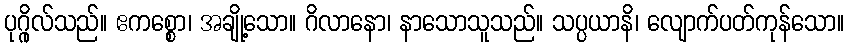
ပုဂ္ဂိုလ်သည်။ ဧကစ္စော၊ အချို့သော။ ဂိလာနော၊ နာသောသူသည်။ သပ္ပယာနိ၊ လျောက်ပတ်ကုန်သော။